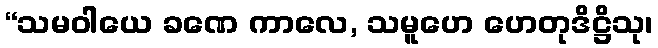
“သမဝါယေ ခဏေ ကာလေ, သမူဟေ ဟေတုဒိဋ္ဌိသု၊